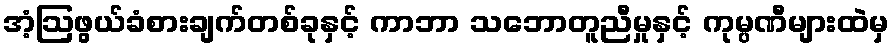
အံ့ဩဖွယ်ခံစားချက်တစ်ခုနှင့် ကာဘာ သဘောတူညီမှုနှင့် ကုမ္ပဏီများထဲမှ